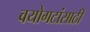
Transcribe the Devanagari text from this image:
वयोगटांसाठी